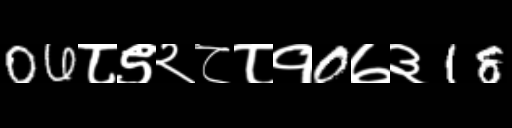
Text: 06८९२८८१0७३18